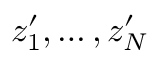
z _ { 1 } ^ { \prime } , \dots , z _ { N } ^ { \prime }